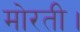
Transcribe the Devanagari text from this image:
मोरती।